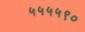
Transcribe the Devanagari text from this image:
५५५५९०